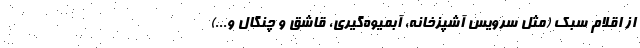
از اقلام سبک (مثل سرویس آشپزخانه، آبمیوه‌گیری، قاشق و چنگال و...)